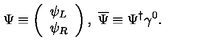
\Psi \equiv \left( \begin{array} { l } { \psi _ { L } } \\ { \psi _ { R } } \\ \end{array} \right) , \ \overline { { \Psi } } \equiv \Psi ^ { \dagger } \gamma ^ { 0 } .